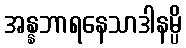
အန္နဘာရနေသာဒါနမ္ပိ